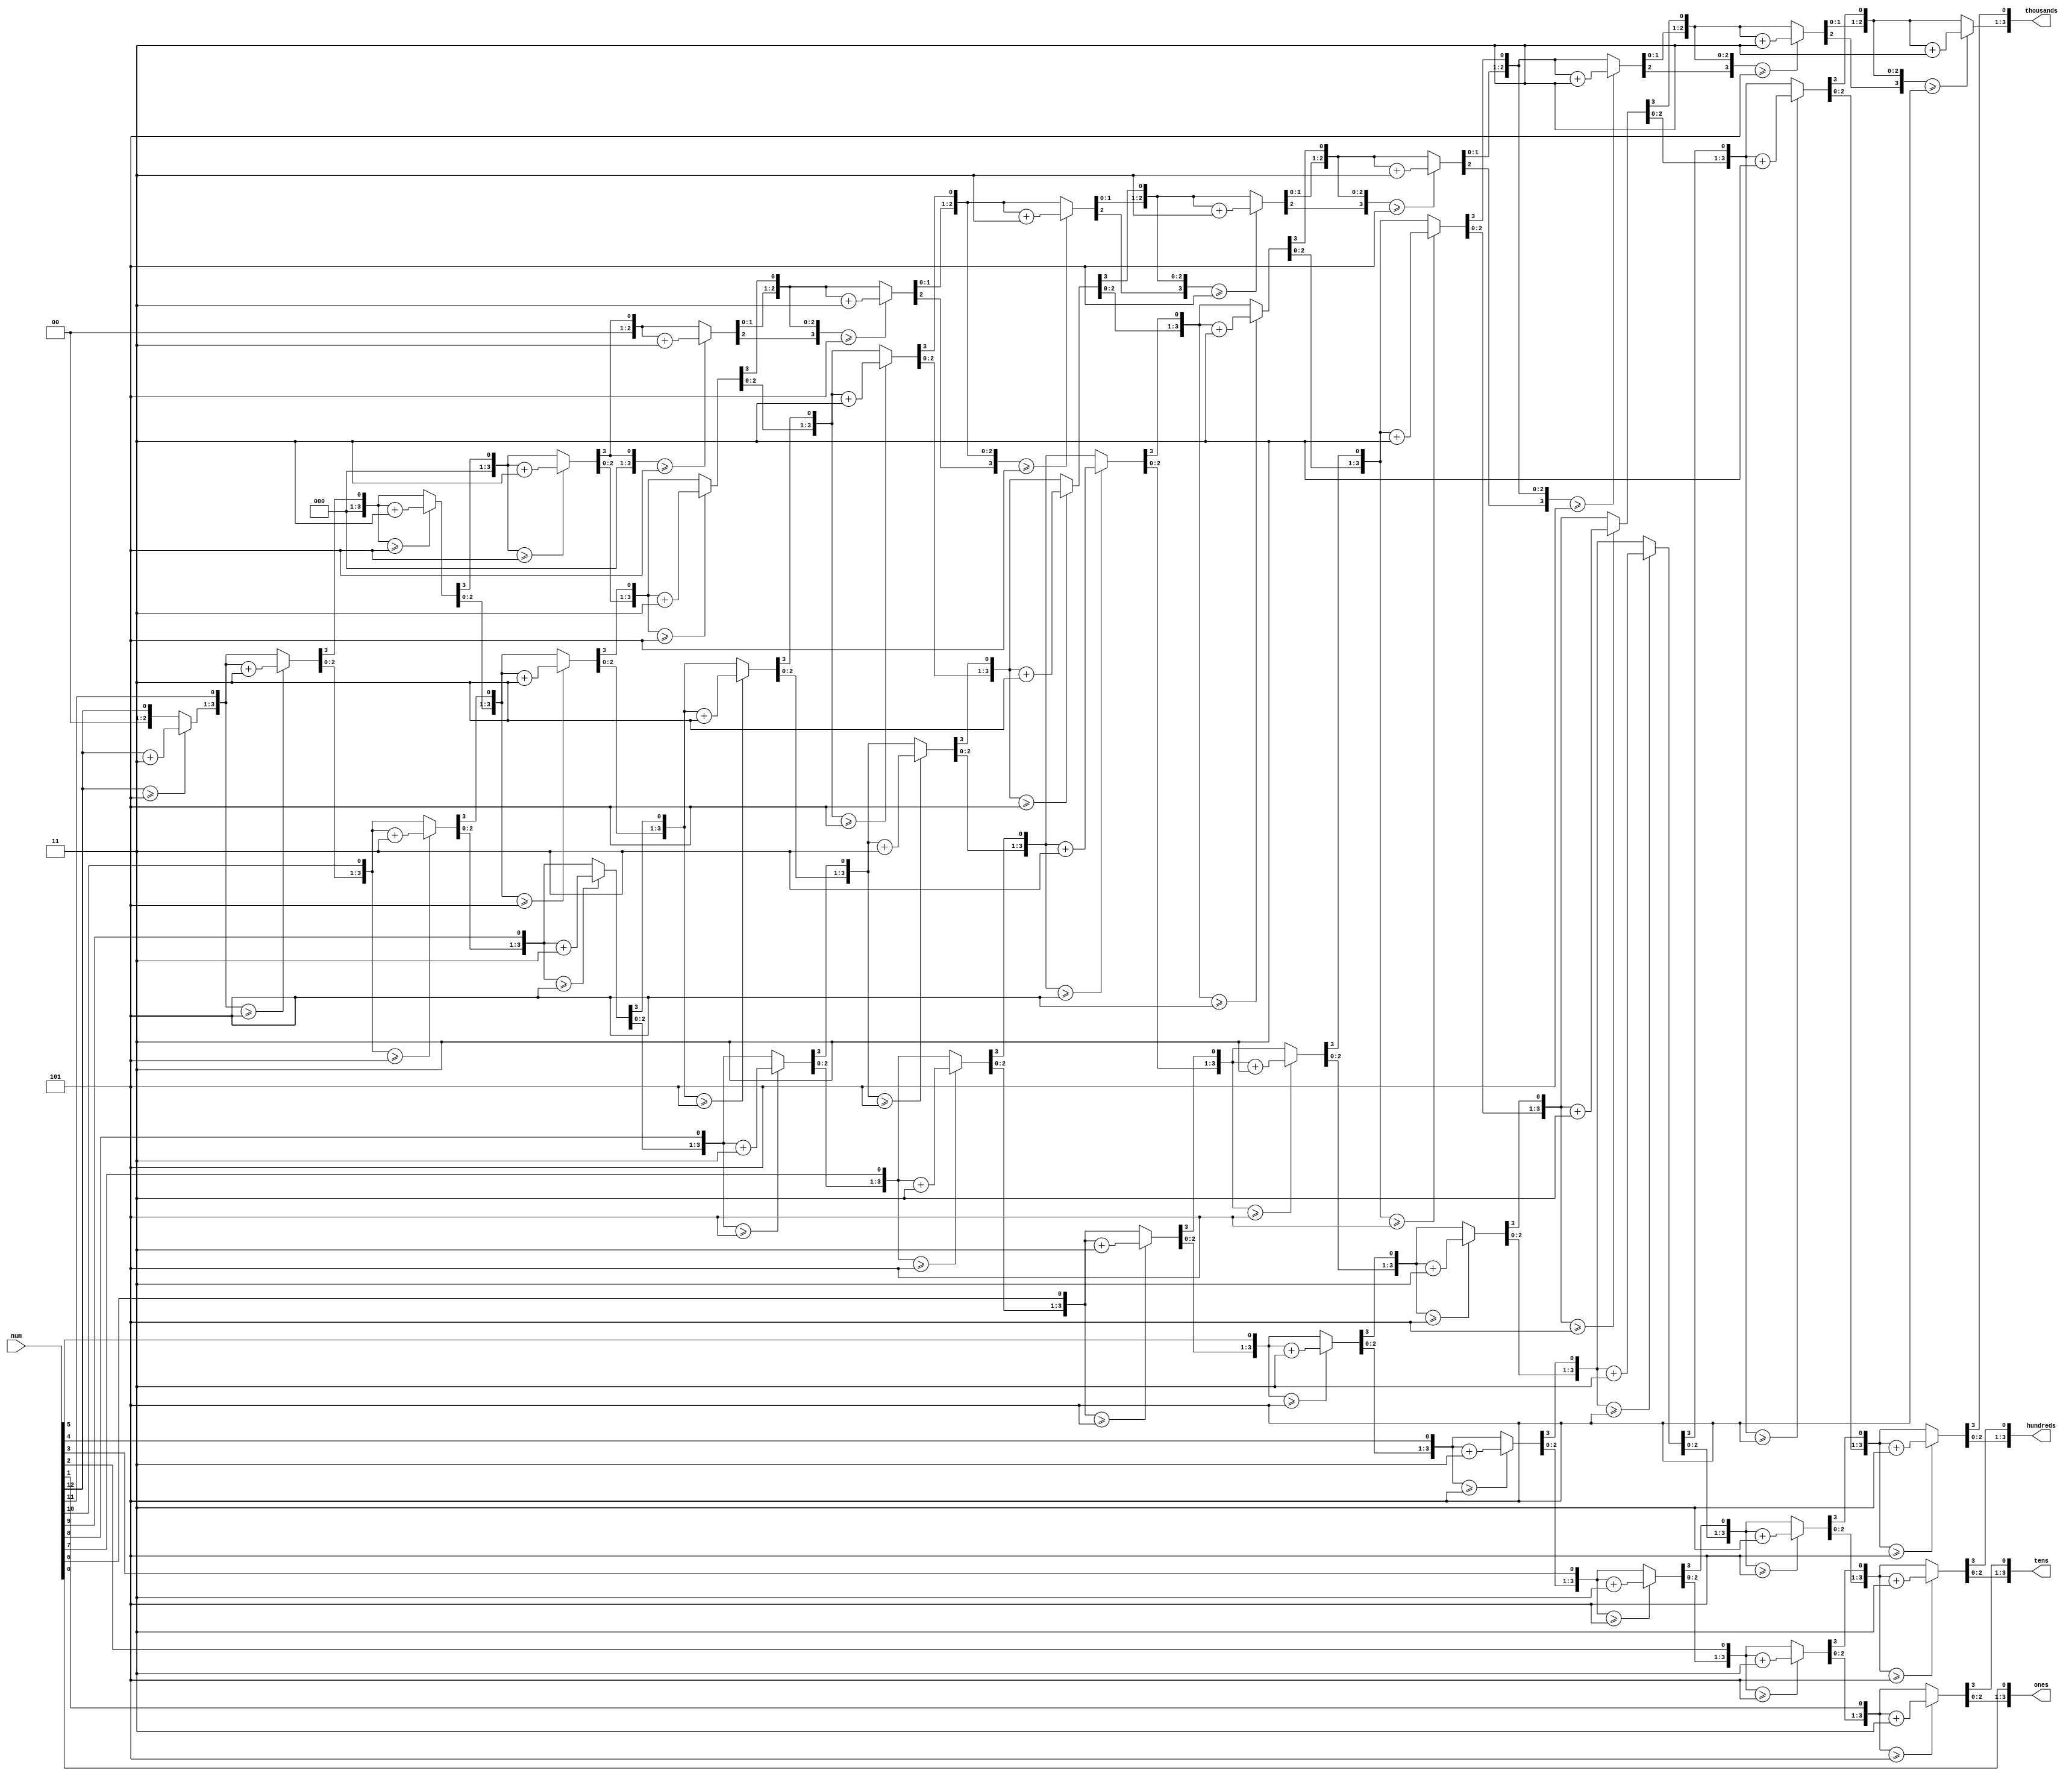
/*******************************************************************
*
* Module: BCD.v
* Project: Pipelined-RISC-V Processor
* Description: @inputs: num
               @outputs: thousands, hundreds, tens, ones
               @importance: generating thousands, hundreds, tens, and ones
                            for the 7-segment display
*
* Change history: No changes on the implementation done in the lab
*
**********************************************************************/

module BCD ( 
input [12:0] num, 
output reg [3:0] thousands,
output reg [3:0] hundreds, 
output reg [3:0] tens, 
output reg [3:0] ones 
); 
    integer i; 
    always @(num)
    begin 
        //initialization 
        thousands = 4'd0;
        hundreds = 4'd0; 
        tens = 4'd0; 
        ones = 4'd0; 
        for (i = 12; i >= 0 ; i = i-1 ) 
        begin 
            if(thousands >= 5 ) 
                thousands = thousands + 3;
            if(hundreds >= 5 ) 
                hundreds = hundreds + 3; 
            if (tens >= 5 ) 
                tens = tens + 3; 
            if (ones >= 5) 
                ones = ones +3; 
            //shift left one 

            thousands = thousands << 1; 
            thousands [0] = hundreds [3]; 
            hundreds = hundreds << 1; 
            hundreds [0] = tens [3]; 
            tens = tens << 1; 
            tens [0] = ones[3]; 
            ones = ones << 1; 
            ones[0] = num[i]; 
        end 
    end 
endmodule